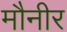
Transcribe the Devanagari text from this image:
मौनीर